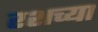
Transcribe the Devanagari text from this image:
रशच्या